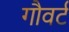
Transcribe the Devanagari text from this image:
गौवर्ट